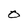
Character: O